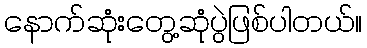
နောက်ဆုံးတွေ့ဆုံပွဲဖြစ်ပါတယ်။